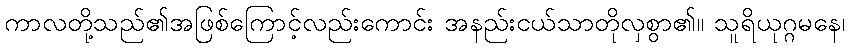
ကာလတို့သည်၏အဖြစ်ကြောင့်လည်းကောင်း အနည်းငယ်သာတိုလှစွာ၏။ သူရိယုဂ္ဂမနေ၊